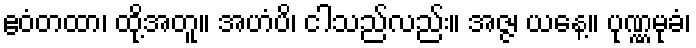
ဧဝံတထာ၊ ထို့အတူ။ အဟံပိ၊ ငါသည်လည်း။ အဇ္ဇ၊ ယနေ့။ ပုဏ္ဏမုခံ၊